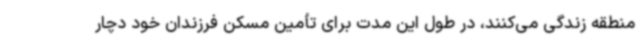
منطقه زندگی می‌کنند، در طول این مدت برای تأمین مسکن فرزندان خود دچار